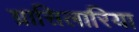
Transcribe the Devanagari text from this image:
ग्रासिलारिया